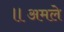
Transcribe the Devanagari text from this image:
॥अमले